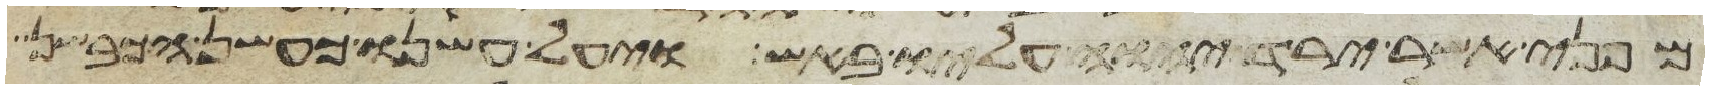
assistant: מפני אשר ירד יהוה עליו באש ויעל עשנו כעשן הכבשן